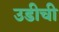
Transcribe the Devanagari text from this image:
उडीची